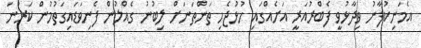
އެމަނިކުފާނު ވިދާޅުވީ ފެބްރުއަރީ އަށެއްގައި ހުޅުޖެހި ތަންތަނަށް ލިބުނު ގެއްލުން ފެނިވަޑައިގަތުމުން ކަރުނަ